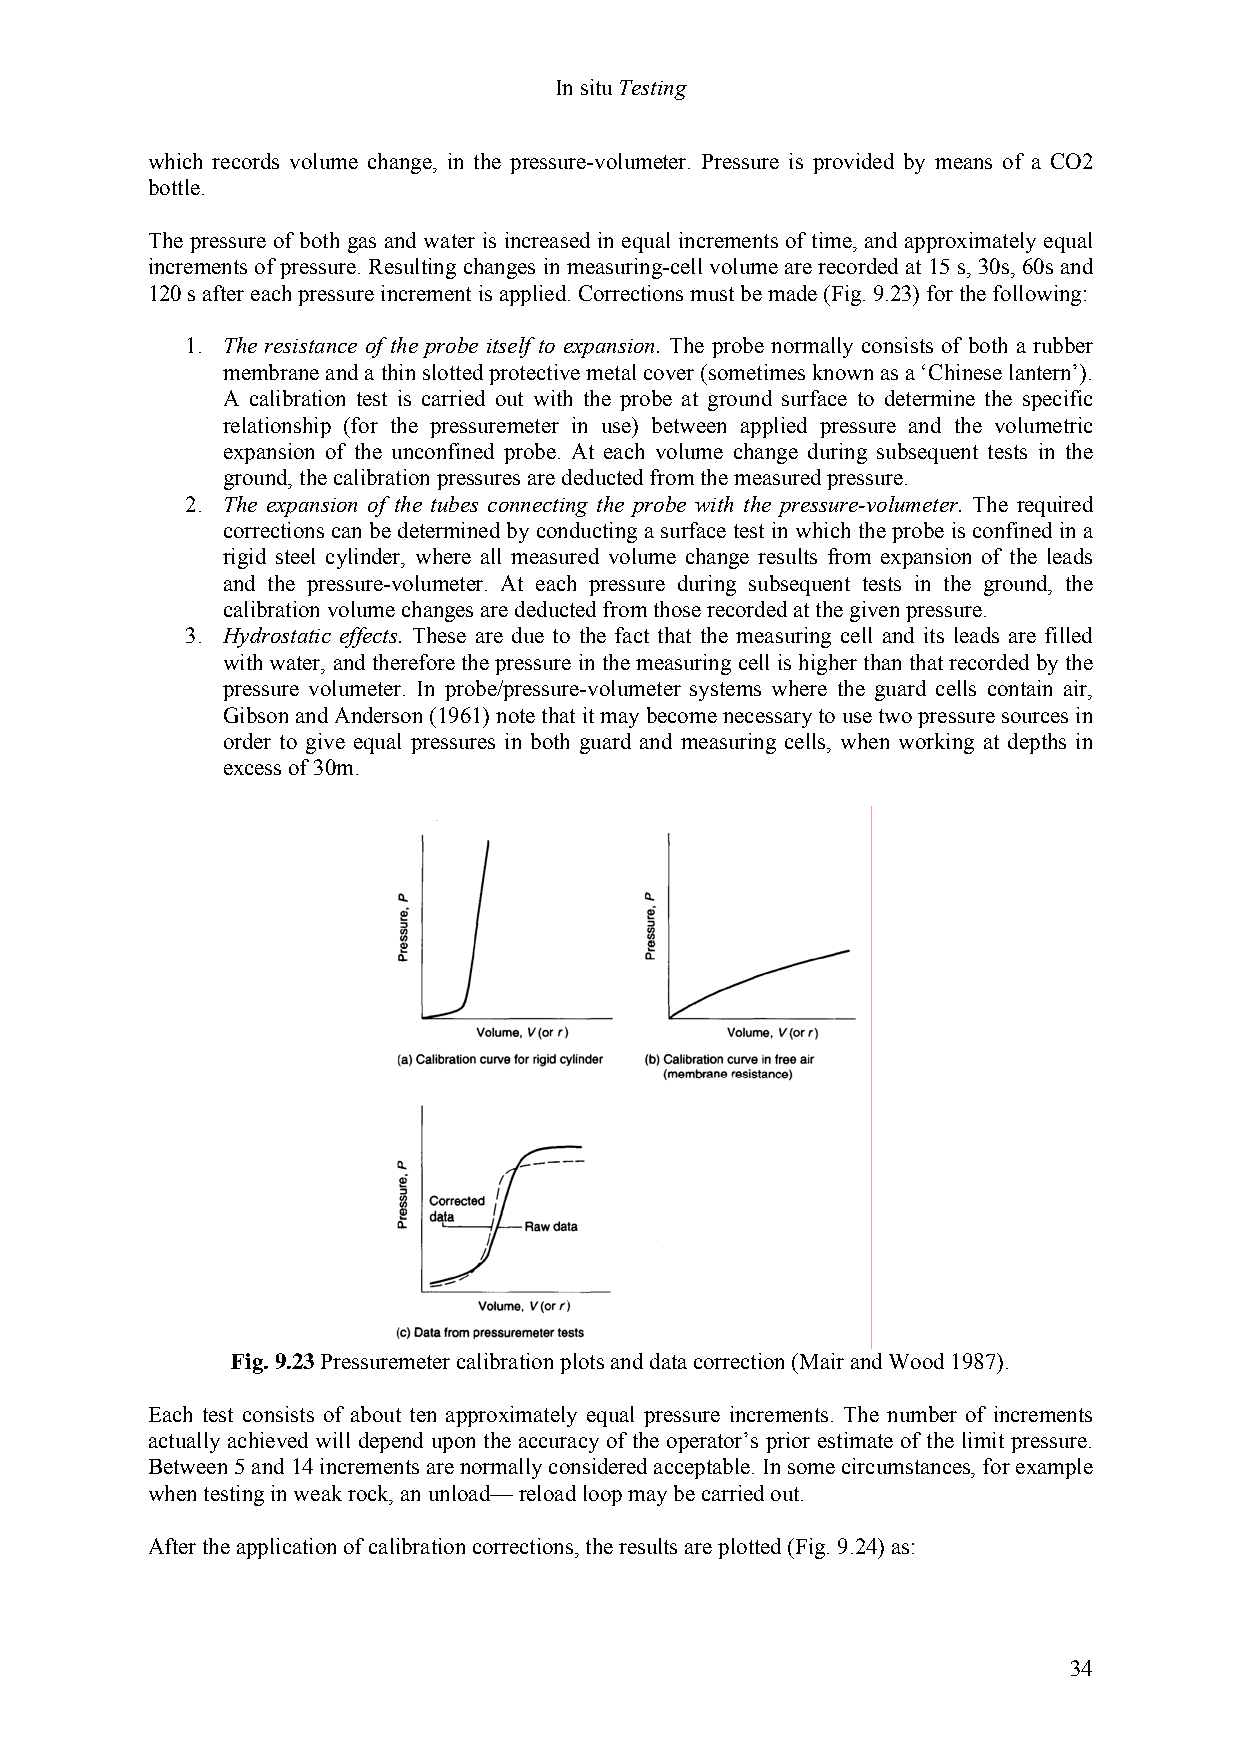
In situ Testing
 which records volume change, in the pressure-volumeter. Pressure is provided by means of a CO2
 bottle.
 The pressure of both gas and water is increased in equal increments of time, and approximately equal
 increments of pressure. Resulting changes in measuring-cell volume are recorded at 15 s, 30s, 60s and
 120 s after each pressure increment is applied. Corrections must be made (Fig. 9.23) for the following:
 1. The resistance of the probe itself to expansion. The probe normally consists of both a rubber
 membrane and a thin slotted protective metal cover (sometimes known as a ‘Chinese lantern’).
 A calibration test is carried out with the probe at ground surface to determine the specific
 relationship (for the pressuremeter in use) between applied pressure and the volumetric
 expansion of the unconfined probe. At each volume change during subsequent tests in the
 ground, the calibration pressures are deducted from the measured pressure.
 2. The expansion of the tubes connecting the probe with the pressure-volumeter. The required
 corrections can be determined by conducting a surface test in which the probe is confined in a
 rigid steel cylinder, where all measured volume change results from expansion of the leads
 and the pressure-volumeter. At each pressure during subsequent tests in the ground, the
 calibration volume changes are deducted from those recorded at the given pressure.
 3. Hydrostatic effects. These are due to the fact that the measuring cell and its leads are filled
 with water, and therefore the pressure in the measuring cell is higher than that recorded by the
 pressure volumeter. In probe/pressure-volumeter systems where the guard cells contain air,
 Gibson and Anderson (1961) note that it may become necessary to use two pressure sources in
 order to give equal pressures in both guard and measuring cells, when working at depths in
 excess of 30m.
 Fig. 9.23 Pressuremeter calibration plots and data correction (Mair and Wood 1987).
 Each test consists of about ten approximately equal pressure increments. The number of increments
 actually achieved will depend upon the accuracy of the operator’s prior estimate of the limit pressure.
 Between 5 and 14 increments are normally considered acceptable. In some circumstances, for example
 when testing in weak rock, an unload— reload loop may be carried out.
 After the application of calibration corrections, the results are plotted (Fig. 9.24) as:
 34